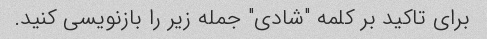
برای تاکید بر کلمه "شادی" جمله زیر را بازنویسی کنید.